Vaccine operations Central Provinces 1886-1899 - 1886-1899
Year: 1886
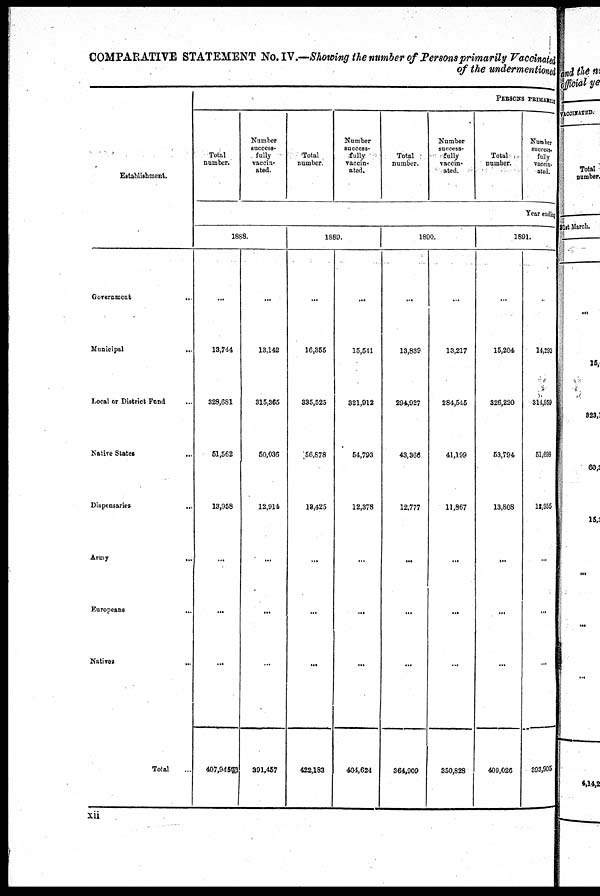
COMPARATIVE STATEMENT No. IV.—Showing the number of Persons primarily Vaccinated
of the undermentioned
Establishment.
Government
..
Municipal
...
Local or District Fund ...
Native States ...
Dispensaries
...
Army
Europeans
Natives...
Total
PERSONS PRIMRILY
Total
number.
Number
success¬
fully
vaccin-
ated.
Total
number.
Number
success-
fully
vaccin-
ated.
Total
number.
Number
success-
fully
vaccin-
ated.
Total
number.
Number
success.
fully
vaccin-
ated.
Tear ending
1888.
...
13,744
328,681
51,562
13,958
...
...
...
407,945
...
13,142
315,365
50,036
12,914
...
...
...
391,457
1889.
...
16,355
335,525
56,878
13,425
...
...
...
422,183
...
15,541
321,912
54,793
12,378
...
...
...
404,624
1890.
...
13,839
294,927
43,366
12,777
...
...
...
364,909
...
13,217
284,545
41,199
11,867
...
...
...
350,828
1891.
...
15,204
326,220
53,794
13,808
...
...
...
409,026
...
14,293
314,959
51,693
12,955
...
...
...
393,905
xii